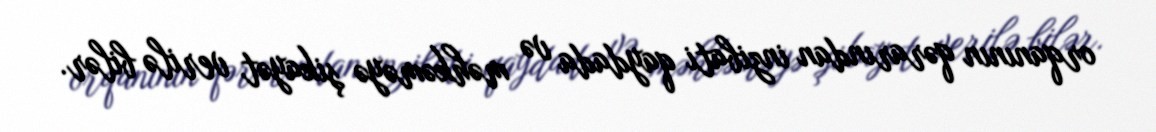
orqanının qərarından inzibati qaydada və məhkəməyə şikayət verilə bilər.